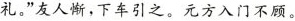
礼。”友人惭，下车引之。元方入门不顾。